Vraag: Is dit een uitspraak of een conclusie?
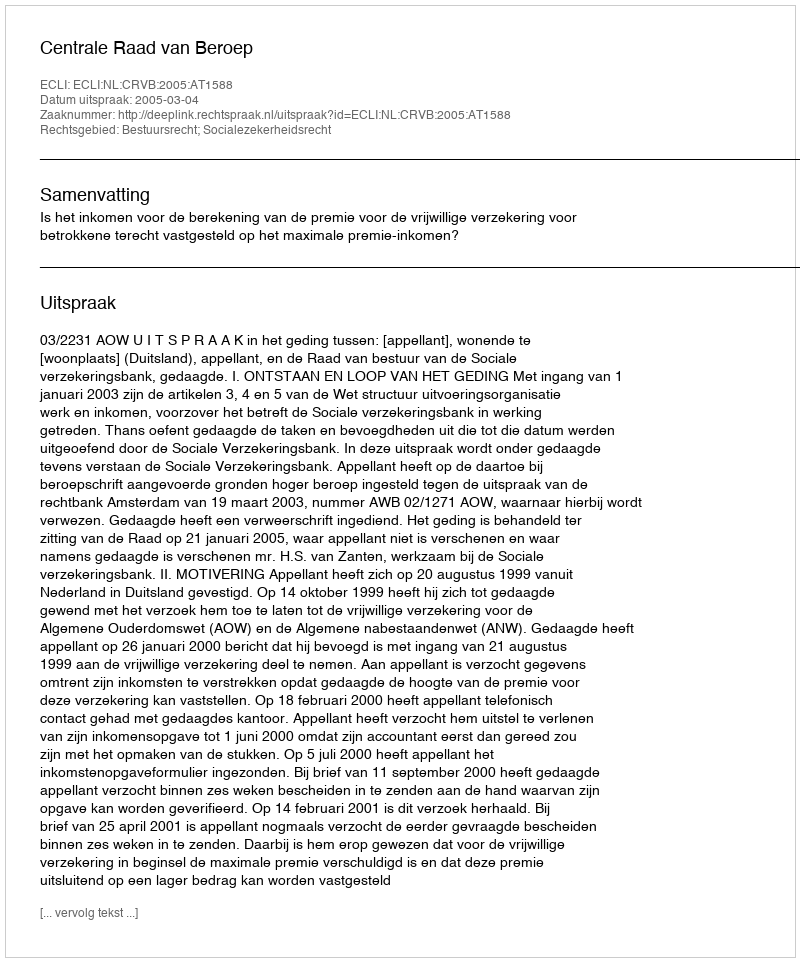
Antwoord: Uitspraak